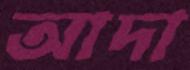
আদা